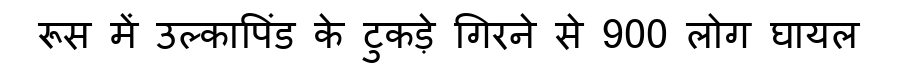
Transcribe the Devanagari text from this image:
रूस में उल्कापिंड के टुकड़े गिरने से 900 लोग घायल